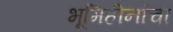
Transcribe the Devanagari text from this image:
भूमिहीनांचा